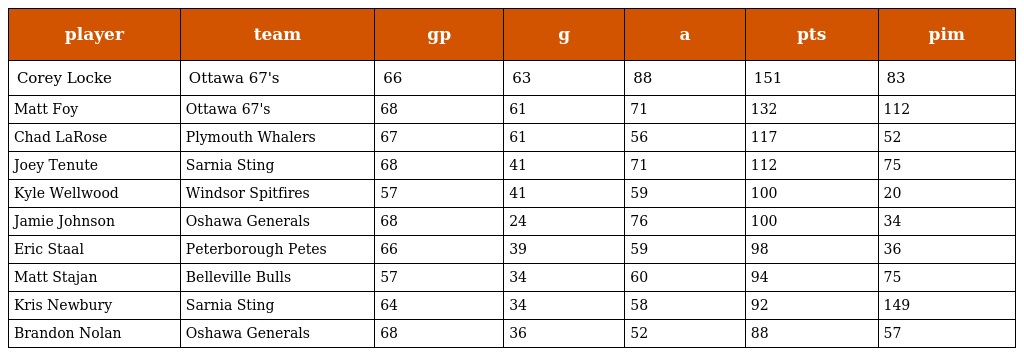
| player | team | gp | g | a | pts | pim |
 | --- | --- | --- | --- | --- | --- | --- |
 | Corey Locke | Ottawa 67's | 66 | 63 | 88 | 151 | 83 |
 | Matt Foy | Ottawa 67's | 68 | 61 | 71 | 132 | 112 |
 | Chad LaRose | Plymouth Whalers | 67 | 61 | 56 | 117 | 52 |
 | Joey Tenute | Sarnia Sting | 68 | 41 | 71 | 112 | 75 |
 | Kyle Wellwood | Windsor Spitfires | 57 | 41 | 59 | 100 | 20 |
 | Jamie Johnson | Oshawa Generals | 68 | 24 | 76 | 100 | 34 |
 | Eric Staal | Peterborough Petes | 66 | 39 | 59 | 98 | 36 |
 | Matt Stajan | Belleville Bulls | 57 | 34 | 60 | 94 | 75 |
 | Kris Newbury | Sarnia Sting | 64 | 34 | 58 | 92 | 149 |
 | Brandon Nolan | Oshawa Generals | 68 | 36 | 52 | 88 | 57 |